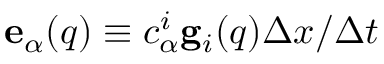
{ \bf e } _ { \alpha } ( { q } ) \equiv { c } _ { \alpha } ^ { i } { \bf g } _ { i } ( { q } ) \Delta x / \Delta t